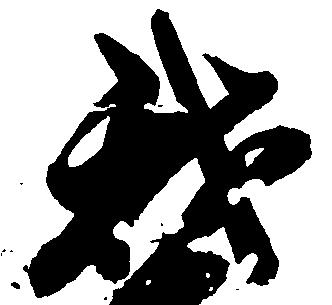
我